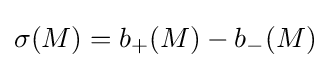
\sigma (M)=b_{+}(M)-b_{-}(M)